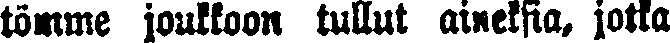
tömme joukkoon tullut aineksia, jotka